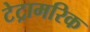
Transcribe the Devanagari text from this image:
टेट्रामरिक